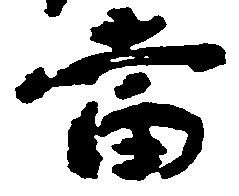
当